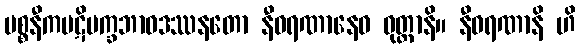
ပစ္စနီကပဋိပက္ခဘာဝဒဿနတော နီဝရဏာနေဝ ဝုတ္တာနိ။ နီဝရဏာနိ ဟိ